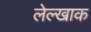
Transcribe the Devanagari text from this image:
लेल्खाक